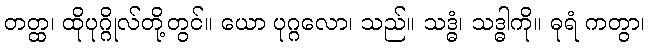
တတ္ထ၊ ထိုပုဂ္ဂိုလ်တို့တွင်။ ယော ပုဂ္ဂလော၊ သည်။ သဒ္ဓံ၊ သဒ္ဓါကို။ ဓုရံ ကတွာ၊